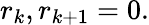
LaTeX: r_{k},r_{k+1}=0.